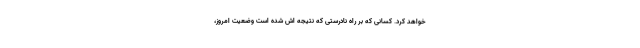
خواهد کرد. کسانی که بر راه نادرستی که نتیجه اش شده است وضعیت امروز،